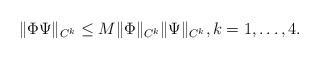
LaTeX: \begin{align*} \|\Phi\Psi\|_{C^k}\le M\|\Phi\|_{C^k}\|\Psi\|_{C^k}, k=1,\dots,4. \end{align*}